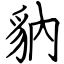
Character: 豽